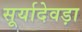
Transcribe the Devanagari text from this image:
सूर्यादेवड़ा